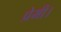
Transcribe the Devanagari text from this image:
प्रेमी।